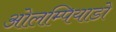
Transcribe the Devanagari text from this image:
ओलम्पियाडो